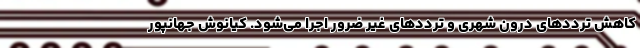
کاهش ترددهای درون شهری و ترددهای غیر ضرور اجرا می‌شود. کیانوش جهانپور